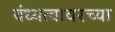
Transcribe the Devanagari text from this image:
वंध्यत्वावरच्या